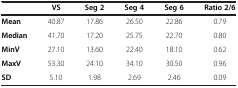
<table><thead><tr><td><b> </b></td><td><b>VS</b></td><td><b>Seg 2</b></td><td><b>Seg 4</b></td><td><b>Seg 6</b></td><td><b>Ratio 2/6</b></td></tr></thead><tbody><tr><td><b>Mean</b></td><td>40.87</td><td>17.86</td><td>26.50</td><td>22.86</td><td>0.79</td></tr><tr><td><b>Median</b></td><td>41.70</td><td>17.20</td><td>25.75</td><td>22.70</td><td>0.80</td></tr><tr><td><b>MinV</b></td><td>27.10</td><td>13.60</td><td>22.40</td><td>18.10</td><td>0.62</td></tr><tr><td><b>MaxV</b></td><td>53.30</td><td>24.10</td><td>34.10</td><td>30.50</td><td>0.96</td></tr><tr><td><b>SD</b></td><td>5.10</td><td>1.98</td><td>2.69</td><td>2.46</td><td>0.09</td></tr></tbody></table>